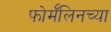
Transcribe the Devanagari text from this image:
फोर्मॅलिनच्या